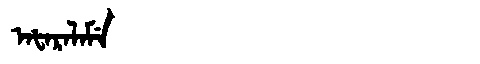
Manchu: ᠠᡶᠠᡵᠠᠯᠠᠮᡝ
Romanization: AFARALAME